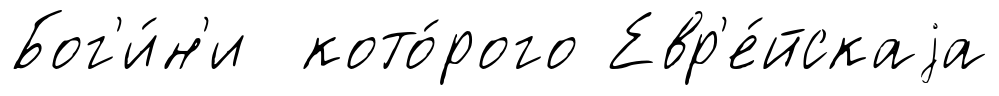
Бог'и́н'и кото́рого Евр'е́йскаjа